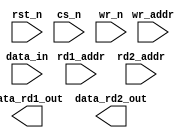
////////////////////////////////////////////////////////////////////////////////
//
//       This confidential and proprietary software may be used only
//     as authorized by a licensing agreement from Synopsys Inc.
//     In the event of publication, the following notice is applicable:
//
//                    (C) COPYRIGHT 1997 - 2018 SYNOPSYS INC.
//                           ALL RIGHTS RESERVED
//
//       The entire notice above must be reproduced on all authorized
//     copies.
//
//
// VERSION:   Simulation Architecture
//
// DesignWare_version: 2b414f43
// DesignWare_release: O-2018.06-DWBB_201806.3
//
////////////////////////////////////////////////////////////////////////////////
//-----------------------------------------------------------------------------------
//
// ABSTRACT:  Three-Port RAM (Latch-Based)
//            (latch memory array)
//
//
//              Parameters:     Valid Values
//              ===========     ============
//              data_width      [ 1 to 256 ]
//              depth           [ 2 to 256 ]
//              rst_mode        [ 0 = asynchronous reset,
//                                1 = no reset ]
//
//              Input Ports:    Description
//              ============    ===========
//              rst_n           Reset (active low)
//              cs_n            Chip Select (active low)
//              wr_n            Write Enable (active low)
//              rd1_addr        Read1 address Bus [ceil( log2(depth) )]
//              rd2_addr        Read2 address Bus [ceil( log2(depth) )]
//              wr_addr         Write address Bus [ceil( log2(depth) )]
//              data_in         Input data [data_width-1:0]
//
//              Output Ports:   Description
//              =============   ===========
//              data_rd1_out    Output data from rd1_addr [data_width-1:0]
//              data_rd2_out    Output data from rd2_addr [data_width-1:0]
//
//      NOTE: This RAM is intended to be used as a scratchpad memory only.
//              For best results keep "depth" and "data_width" less than 65
//              (ie. less than 64 words in RAM) and the overall number of
//              bits less than 256.
//
// MODIFIED:
//			7/25/97	ss		Added conv_to_x task for data_in.
//			11/11/99 RPH	Rewrote for STAR 91151 fix
//              10/18/00  RPH       Rewrote accoding to new guidelines 
//                                  STAR 111067  
//              9/10/14   RJK       Eliminated common async and sync reset coding
//				    style to support VCS NLP
//------------------------------------------------------------------------------

module DW_ram_2r_w_a_lat (rst_n, cs_n, wr_n, rd1_addr, rd2_addr, 
		wr_addr, data_in, data_rd1_out, data_rd2_out);

   parameter integer data_width = 4;
   parameter integer depth = 8;
   parameter integer rst_mode = 1;


// Address width calculation limited to 8 bits (i.e. max depth 256)
`define DW_addr_width  ((depth>16)?((depth>64)?((depth>128)? 8 : 7) : ((depth>32)? 6 : 5)) : ((depth>4)?((depth>8)? 4 : 3) : ((depth>2)? 2 : 1)))
   
   input     wr_n;
   input     rst_n;
   input     cs_n;
   input [data_width-1 : 0] data_in;   // input port description
   input [`DW_addr_width-1 : 0] rd1_addr;
   input [`DW_addr_width-1 : 0] rd2_addr;
   input [`DW_addr_width-1 : 0] wr_addr;


   output [data_width-1 : 0] data_rd1_out; // output port description
   output [data_width-1 : 0] data_rd2_out; // output port description
   
// synopsys translate_off
   wire [data_width-1:0]   data_in;
   wire [data_width-1:0]   data_in_int;
   reg [data_width-1:0]    mem [depth-1:0];
   
   integer 		   i;
   
   function	any_unknown;
      input[`DW_addr_width-1:0] addr;
      integer	bit_idx;
      begin
	 any_unknown = 1'b0;

	 for (bit_idx = `DW_addr_width-1;
	      bit_idx >= 0 && any_unknown === 1'b0;
	      bit_idx=bit_idx-1)
	 begin
	    if (addr[bit_idx] !== 1'b0 && addr[bit_idx] !== 1'b1)
	      begin
		 any_unknown = 1'b1;
	      end
	 end

      end
   endfunction

  
 
  initial begin : parameter_check
    integer param_err_flg;

    param_err_flg = 0;
    
	    
  
    if ( (data_width < 1) || (data_width > 256) ) begin
      param_err_flg = 1;
      $display(
	"ERROR: %m :\n  Invalid value (%d) for parameter data_width (legal range: 1 to 256)",
	data_width );
    end
  
    if ( (depth < 2) || (depth > 256 ) ) begin
      param_err_flg = 1;
      $display(
	"ERROR: %m :\n  Invalid value (%d) for parameter depth (legal range: 2 to 256 )",
	depth );
    end
  
    if ( (rst_mode < 0) || (rst_mode > 1 ) ) begin
      param_err_flg = 1;
      $display(
	"ERROR: %m :\n  Invalid value (%d) for parameter rst_mode (legal range: 0 to 1 )",
	rst_mode );
    end


  
    if ( param_err_flg == 1) begin
      $display(
        "%m :\n  Simulation aborted due to invalid parameter value(s)");
      $finish;
    end

  end // parameter_check 

    

  assign data_rd1_out = rd1_addr < depth ? 
		     (any_unknown(rd1_addr) ? 
		      {data_width{1'bx}} : mem[rd1_addr]) : {data_width{1'b0}};
  assign data_rd2_out = rd2_addr < depth ? 
		     (any_unknown(rd2_addr) ? 
		      {data_width{1'bx}} : mem[rd2_addr]) : {data_width{1'b0}};
   
   assign data_in_int = (any_unknown(data_in)) ? {data_width{1'bx}} : data_in;
   
generate
  if (rst_mode == 0) begin : GEN_RM_EQ_0
   always @(cs_n or wr_n or wr_addr or data_in_int or rst_n)
     begin : mk_ar_mem
	if (rst_n === 1'b0) begin
	   for (i = 0; i < depth; i = i + 1) begin
	      mem[i] = {data_width{1'b0}};
	   end 
	end
	else if (rst_n === 1'b1) begin
	   if (cs_n === 1'b0) begin
	      if (wr_n === 1'b0) begin
		 if (any_unknown(wr_addr) == 1'b1) begin
		    for (i = 0; i < depth; i = i + 1) begin
		       mem[i] = {data_width{1'bx}};
		    end 
		 end
		 else begin
		    mem[wr_addr] = data_in_int;
		 end // else: !if(any_unknown(wr_addr) == 1'b1)
	      end // if (cs_n === 1'b0)
	      else if(wr_n === 1'b1) begin
		 // do nothing
	      end
	      else begin
		 if (any_unknown(wr_addr) == 1'b1) begin
		    for (i = 0; i < depth; i = i + 1) begin
		       mem[i] = {data_width{1'bx}};
		    end 
		 end
		 else begin
		    mem[wr_addr] = {data_width{1'bx}};
		 end // else: !if(any_unknown(wr_addr) == 1'b1)
	      end
	   end // if (cs_n === 1'b0)
	   else if (cs_n === 1'b1) begin
	      // do nothing
	   end
	   else begin
	      if (any_unknown(wr_addr) == 1'b1) begin
		 for (i = 0; i < depth; i = i + 1) begin
		    mem[i] = {data_width{1'bx}};
		 end 
	      end
	      else begin
		 mem[wr_addr] = data_in_int;
	      end // else: !if(any_unknown(wr_addr) == 1'b1)
	   end // else: !if(cs_n === 1'b1)
	end // if (rst_n === 1'b1)
	else begin
	   for (i = 0; i < depth; i = i + 1) begin
	      mem[i] = {data_width{1'bx}};
	   end 
	end // else: !if(rst_n === 1'b1)
     end // block: mk_ar_mem
  end else begin : GEN_RM_NE_0
   always @(cs_n or wr_n or wr_addr or data_in_int)
     begin : mk_nr_mem
	   if (cs_n === 1'b0) begin
	      if (wr_n === 1'b0) begin
		 if (any_unknown(wr_addr) == 1'b1) begin
		    for (i = 0; i < depth; i = i + 1) begin
		       mem[i] = {data_width{1'bx}};
		    end 
		 end
		 else begin
		    mem[wr_addr] = data_in_int;
		 end // else: !if(any_unknown(wr_addr) == 1'b1)
	      end // if (cs_n === 1'b0)
	      else if(wr_n === 1'b1) begin
		 // do nothing
	      end
	      else begin
		 if (any_unknown(wr_addr) == 1'b1) begin
		    for (i = 0; i < depth; i = i + 1) begin
		       mem[i] = {data_width{1'bx}};
		    end 
		 end
		 else begin
		    mem[wr_addr] = {data_width{1'bx}};
		 end // else: !if(any_unknown(wr_addr) == 1'b1)
	      end
	   end // if (cs_n === 1'b0)
	   else if (cs_n === 1'b1) begin
	      // do nothing
	   end
	   else begin
	      if (any_unknown(wr_addr) == 1'b1) begin
		 for (i = 0; i < depth; i = i + 1) begin
		    mem[i] = {data_width{1'bx}};
		 end 
	      end
	      else begin
		 mem[wr_addr] = data_in_int;
	      end // else: !if(any_unknown(wr_addr) == 1'b1)
	   end // else: !if(cs_n === 1'b1)
     end // block: mk_nr_mem
  end
endgenerate
// synopsys translate_on
`undef DW_addr_width
endmodule // DW_ram_2r_w_a_lat;